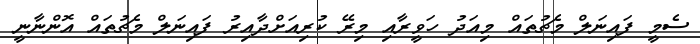
ސެމީ ފައިނަލް މެޗުތައް މިއަދު ހަވީރާއި މިރޭ ކުރިއަށްދާއިރު ފައިނަލް މެޗުތައް އޮންނާނީ